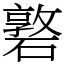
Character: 䃦